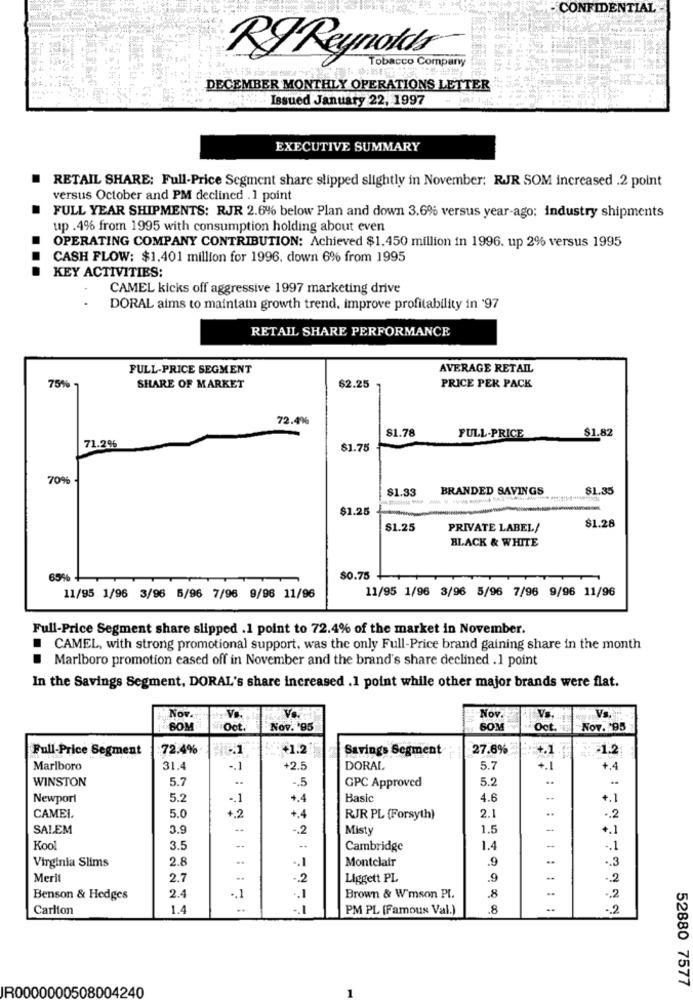
CONFIDENTIAL
RI Reynolds
Tobacco Company
DECEMBER MONTHLY OPERATIONS LETTER
" .Issued January 22, 1997
EXECUTIVE SUMMARY
RETAIL SHARE: Full-Price Segment share slipped slightly in November: RJR SOM increased .2 point
versus October and PM declined .1 point
FULL YEAR SHIPMENTS: RJR 2.6% below Plan and down 3.6% versus year-ago: industry shipments
up .4% from 1995 with consumption holding about even
OPERATING COMPANY CONTRIBUTION: Achieved $1.450 million in 1996. up 2% versus 1995
CASH FLOW: $1.401 million for 1996, down 6% from 1995
KEY ACTIVITIES:
CAMEL kicks off aggressive 1997 marketing drive
DORAL aims to maintain growth trend. improve profitability in '97
RETAIL SHARE PERFORMANCE
FULL-PRICE SEGMENT
AVERAGE RETAIL
75%
SHARE OF MARKET
$2.25
PRICE PER PACK
72.4%
$1.78
$1.82
FULL-PRICE
71.2%
$1.75
70%
$1.33
BRANDED SAVINGS
$1.35
$1.25
$1.25
PRIVATE LABEL/
$1.28
BLACK & WHITE
65%
$0.75
11/95 1/96 3/96 5/96 7/96 9/96 11/96
11/95 1/96 3/96 6/96 7/96 9/96 11/96
Full-Price Segment share slipped .1 point to 72.4% of the market in November.
CAMEL, with strong promotional support, was the only Full-Price brand gaining share in the month
.
Marlboro promotion eased off in November and the brand's share declined .1 point
In the Savings Segment, DORAL's share increased .1 point while other major brands were flat.
Nov.
Nov.
SOM
Oot
Nov. '95
50M
Oct.
Nov. 95
Full-Price Segment
72.4%
41.2
Savings Segment
27.6%
-1.2
Marlboro
31.4
-. 1
2.5
DORAL
5.7
+.1
+.4
WINSTON
5.7
GPC Approved
5.2
..
-. 5
Newport
5.2
.. 1
+4
Basic
4.6
+.1
+.4
CAMEL.
5.0
1.2
RJR PL (Forsyth)
2.1
.. 2
SALEM
3.9
--
-. 2
Misty
1.5
-
+.1
Kool
3.5
--
Cambridge
1.4
.. 1
Virginia Slims
2.8
.. 1
Montclair
.9
.
.. 3
Merit
2.7
-. 2
Liggett PL
.9
-2
Benson & Hedges
2.4
.. 1
.. 1
Brown & W'mson PI.
.8
.. 2
Carlton
1.4
-. 1
PM PL (Famous Val.)
.8
.. 2
52880 7577
IR0000000508004240